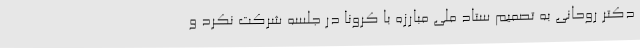
دکتر روحانی به تصمیم ستاد ملی مبارزه با کرونا در جلسه شرکت نکرد و